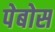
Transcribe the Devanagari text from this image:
पेबोस